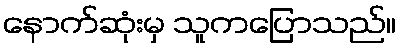
နောက်ဆုံးမှ သူကပြောသည်။